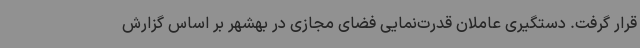
قرار گرفت. دستگیری عاملان قدرت‌نمایی فضای مجازی در بهشهر بر اساس گزارش